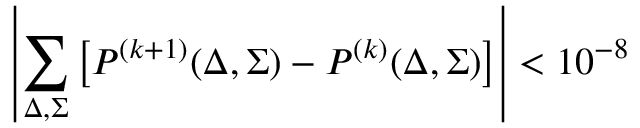
\displaystyle \left| \sum _ { \Delta , \Sigma } \left[ P ^ { ( k + 1 ) } ( \Delta , \Sigma ) - P ^ { ( k ) } ( \Delta , \Sigma ) \right] \right| < 1 0 ^ { - 8 }